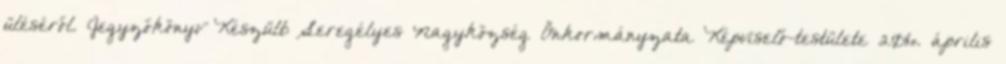
üléséről. Jegyzőkönyv Készült: Seregélyes Nagyközség Önkormányzata Képviselő-testülete 2016. április